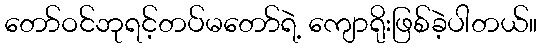
တော်ဝင်ဘုရင့်တပ်မတော်ရဲ့ ကျောရိုးဖြစ်ခဲ့ပါတယ်။